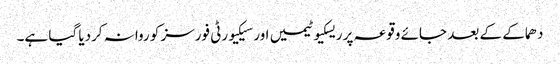
دھماکے کے بعد جائے وقوعہ پر ریسکیو ٹیمیں اور سیکیورٹی فورسز کو روانہ کردیا گیا ہے۔